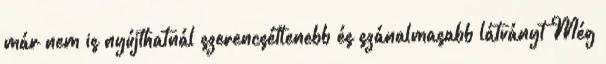
már nem is nyújthatnál szerencsétlenebb és szánalmasabb látványt Még